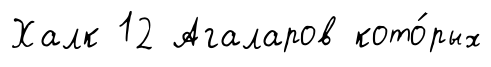
Халк 12 Агаларов кото́рых